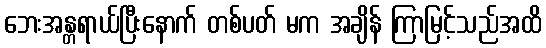
ဘေးအန္တရာယ်ပြီးနောက် တစ်ပတ် မက အချိန် ကြာမြင့်သည်အထိ